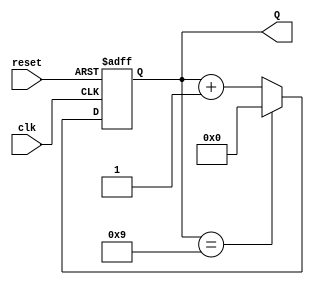
module BCD_Counter (
    input wire clk,        // Clock signal
    input wire reset,      // Asynchronous reset signal
    output reg [3:0] Q     // 4-bit output for BCD count
);

// Synchronous process for the BCD counter
always @(posedge clk or posedge reset) begin
    if (reset) begin
        Q <= 4'b0000;     // Reset the counter to 0
    end else begin
        if (Q == 4'b1001) begin
            Q <= 4'b0000; // Wrap around to 0 after 9
        end else begin
            Q <= Q + 1;   // Increment the counter
        end
    end
end

endmodule